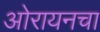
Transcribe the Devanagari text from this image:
ओरायनचा